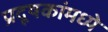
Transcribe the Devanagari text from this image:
प्रदूषकांमध्ये